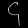
Digit: ၄